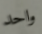
واحد